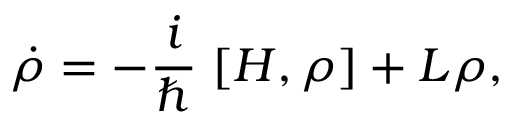
\dot { \rho } = - \frac { i } { \hbar } \left. [ H , \rho \right] + L \rho ,